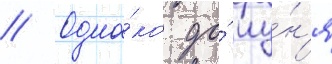
// Одна́ко до́ иу́н'я